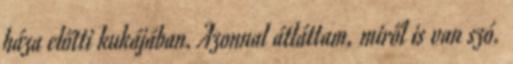
háza előtti kukájában. Azonnal átláttam, miről is van szó.